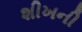
શીખની